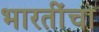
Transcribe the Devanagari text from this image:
भारतींचा